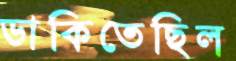
ডাকিতেছিল